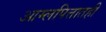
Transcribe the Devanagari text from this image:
आम्लपित्तातही